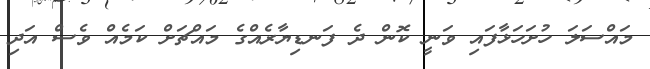
މައްސަލަ ހުށަހަޅާފައި ވަނީ ކޮން ދެ ފަނޑިޔާރެއްގެ މައްޗަށް ކަމެއް ވެސް އަދި